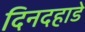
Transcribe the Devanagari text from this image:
दिनदह़ाडे